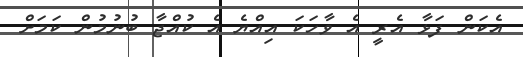
އެކަން ފަޅާ އެރީ އެ ވާހަކަ އިއްޔެ އެ ކުއްޖާ ބުނުމުން ކަމަށް